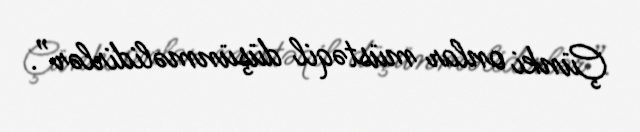
Çünki onlar müstəqil düşünməlidirlər”.